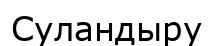
Суландыру